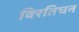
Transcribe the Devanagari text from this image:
विरतिघन